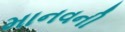
માનવની